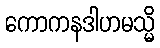
ကောကနဒါဟမသ္မိ